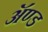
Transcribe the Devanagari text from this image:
ॲण्‍ड